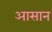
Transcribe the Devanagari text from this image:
अासान